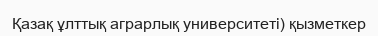
Қазақ ұлттық аграрлық университеті) қызметкер